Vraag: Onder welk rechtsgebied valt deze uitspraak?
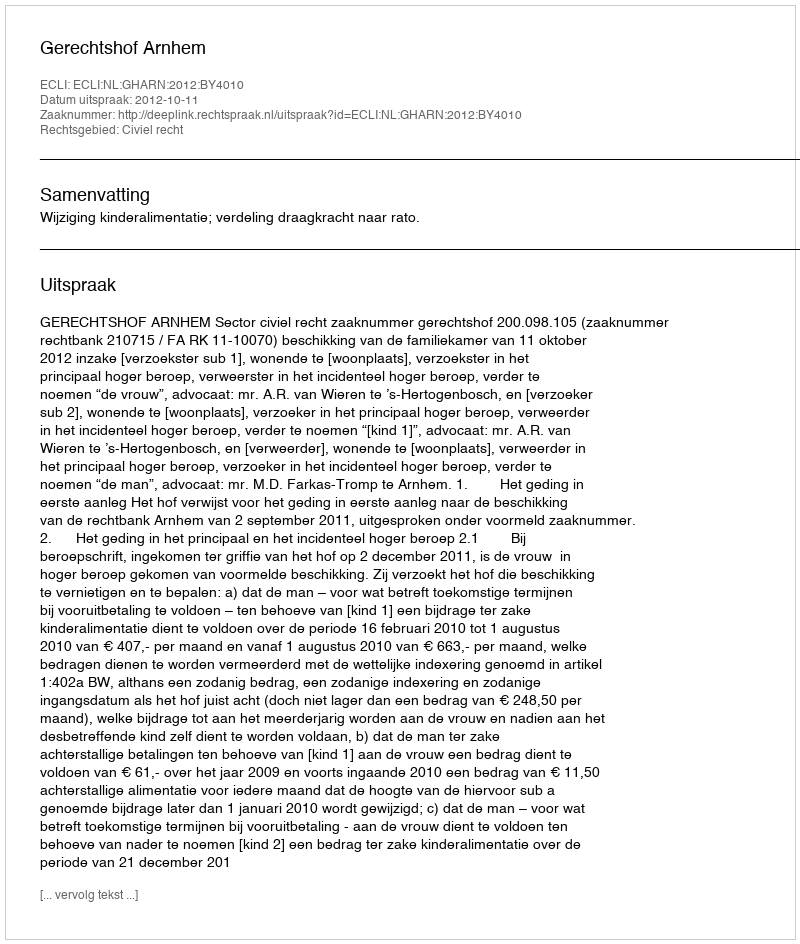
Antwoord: Civiel recht